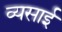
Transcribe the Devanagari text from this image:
व्यसाई